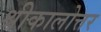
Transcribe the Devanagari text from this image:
श्रीकालोत्तर